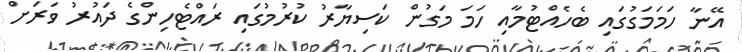
އޭނާ ހަމަމަގުގައި ބެހެއްޓުމާއި ހަމަ މަގުން ކަސިޔާރު ކުރުމުގައި ރައްޓެހިންގެ ދައުރު ވަރަށް